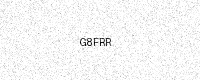
Text: G8FRR